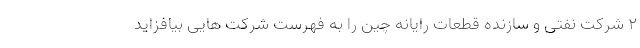
۲ شرکت نفتی و سازنده قطعات رایانه چین را به فهرست شرکت هایی بیافزاید